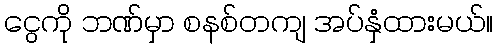
ငွေကို ဘဏ်မှာ စနစ်တကျ အပ်နှံထားမယ်။